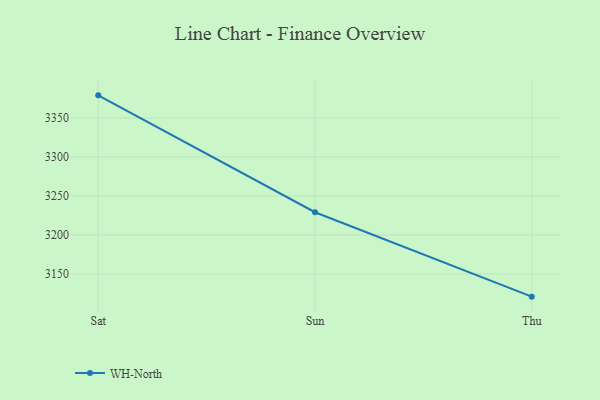
{"axis": {"x": "Day", "y": "Headcount"}, "legend": ["WH-North"], "data": [{"x": "Sat", "y": 3378.9, "type": "WH-North"}, {"x": "Sun", "y": 3229.1, "type": "WH-North"}, {"x": "Thu", "y": 3120.9, "type": "WH-North"}]}